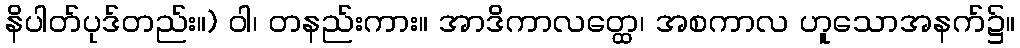
နိပါတ်ပုဒ်တည်း။) ဝါ၊ တနည်းကား။ အာဒိကာလတ္ထေ၊ အစကာလ ဟူသောအနက်၌။